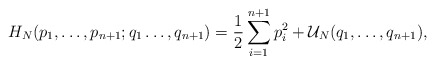
\begin{align*}H_N(p_1,\ldots,p_{n+1};q_1\ldots,q_{n+1})={1\over2}\sum_{i=1}^{n+1} p_i^2 +{\cal U}_N (q_1,\ldots,q_{n+1}),\end{align*}